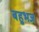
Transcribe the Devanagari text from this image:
बहुभज